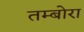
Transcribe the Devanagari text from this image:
तम्बोरा